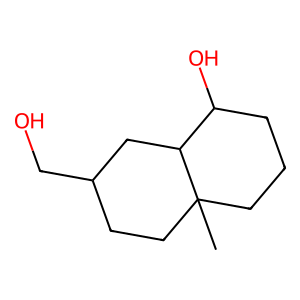
SMILES: CC12CCCC(O)C1CC(CO)CC2
Inhibits HIV replication: No